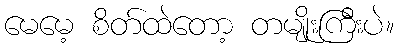
မေမေ့ စိတ်ထဲတော့ တမျိုးကြီးပဲ။